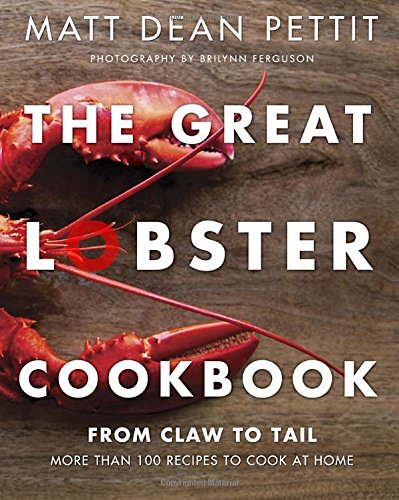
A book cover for The Great Lobster Cookbook: More than 100 recipes to cook at home; Matt Dean Pettit; Cookbooks, Food & Wine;